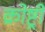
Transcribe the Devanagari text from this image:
क्रोष्ट्री